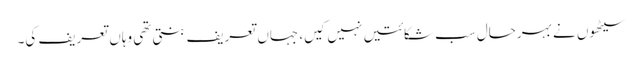
سیٹھوں نے بہرحال سب شکائتیں نہیں کیں، جہاں تعریف بنتی تھی وہاں تعریف کی۔